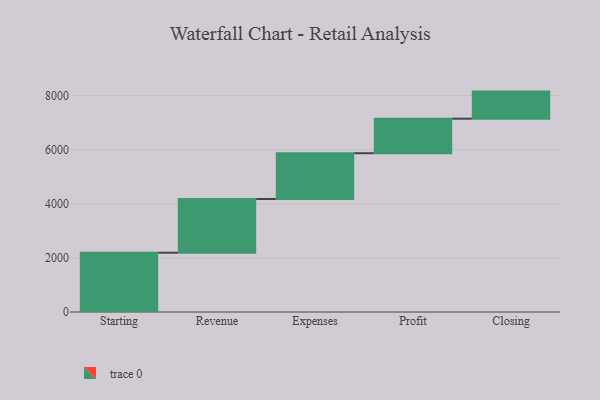
{"axis": {"x": "Step", "y": "Value"}, "legend": [""], "data": [{"x": "Starting", "y": 2189.0, "type": ""}, {"x": "Revenue", "y": 1983.0, "type": ""}, {"x": "Expenses", "y": 1691.0, "type": ""}, {"x": "Profit", "y": 1276.0, "type": ""}, {"x": "Closing", "y": 1000, "type": ""}]}